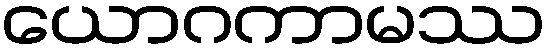
ယောဂကာမဿ